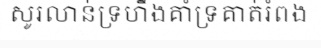
សូរលាន់ទ្រហឹងគាំទ្រគាត់រំពង